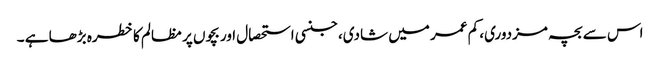
اس سے بچہ مزدوری، کم عمر میں شادی، جنسی استحصال اور بچوں پر مظالم کا خطرہ بڑھا ہے ۔